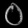
Digit: ၀